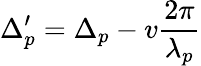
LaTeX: \Delta_{p}^{\prime}=\Delta_{p}-v\frac{2\pi}{\lambda_{p}}